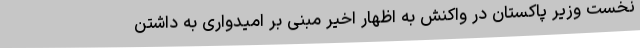
نخست وزیر پاکستان در واکنش به اظهار اخیر مبنی بر امیدواری به داشتن